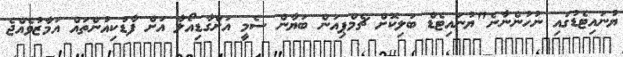
ޔުނައިޓެޑުގައި ނުހުންނާނެ"ޔުނައިޓެޑް ބަލިކޮށް ޗެމްޕިއަން ބަޔާން ސެމީ އަށްގާޑިއޯލާ އަށް ފާޑުކިއުންތައް އަމާޒުވެއްޖެ